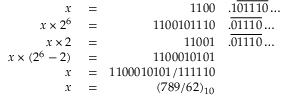
\begin{array} { r l r l } { x } & { { } = } & { 1 1 0 0 } & { { } . 1 { \overline { { 0 1 1 1 0 } } } \ldots } \\ { x \times 2 ^ { 6 } } & { { } = } & { 1 1 0 0 1 0 1 1 1 0 } & { { } . { \overline { { 0 1 1 1 0 } } } \ldots } \\ { x \times 2 } & { { } = } & { 1 1 0 0 1 } & { { } . { \overline { { 0 1 1 1 0 } } } \ldots } \\ { x \times ( 2 ^ { 6 } - 2 ) } & { { } = } & { 1 1 0 0 0 1 0 1 0 1 } \\ { x } & { { } = } & { 1 1 0 0 0 1 0 1 0 1 / 1 1 1 1 1 0 } \\ { x } & { { } = } & { ( 7 8 9 / 6 2 ) _ { 1 0 } } \end{array}